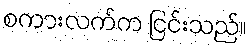
စကားလက်က ငြင်းသည်။